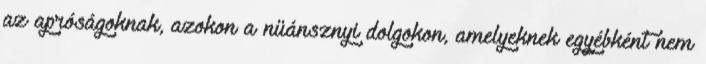
az apróságoknak, azokon a nüánsznyi dolgokon, amelyeknek egyébként nem